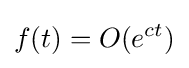
f(t)=O(e^{ct})